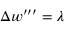
\Delta w ^ { \prime \prime \prime } = \lambda